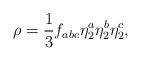
LaTeX: \begin{align*}\rho =\frac{1}{3}f_{abc}\eta _{2}^{a}\eta _{2}^{b}\eta _{2}^{c}, \end{align*}